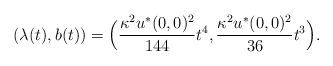
LaTeX: \begin{align*} (\lambda(t), b(t)) = \Big(\frac{\kappa^2u^*(0, 0)^2}{144}t^4, \frac{\kappa^2u^*(0, 0)^2}{36}t^3\Big).\end{align*}